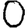
Digit: 0